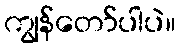
ကျွန်တော်ပါပဲ။